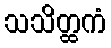
သသိတ္ထကံ